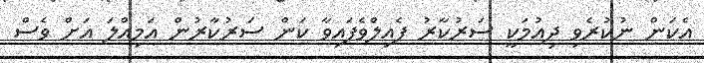
އެކަން ނުކުރެވި ދިއުމަކީ ސަރުކާރު ފެއިލްވެފައިވާ ކަން ސަރުކާރުން އަމިއްލަ އަށް ވެސް